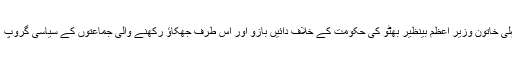
آئی ایس آئی کی سربراہی کے زمانے میں ہی وہ پاکستان کی پہلی خاتون وزیرِ اعظم بینظیر بھٹو کی حکومت کے خلاف دائیں بازو اور اس طرف جھکاؤ رکھنے والی جماعتوں کے سیاسی گروپ ’اسلامی جمہوری اتحاد‘ کے تخلیق کاروں میں بھی شامل رہے۔